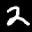
Label: 2